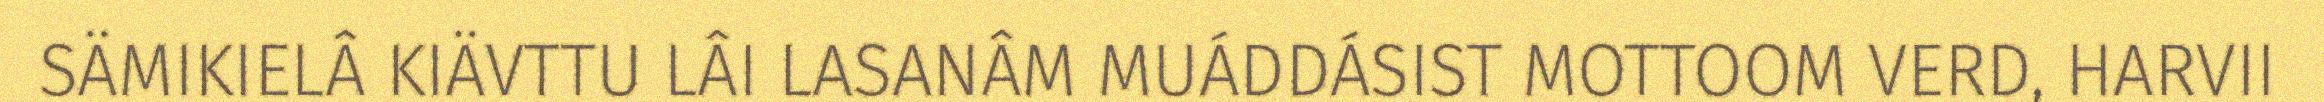
SÄMIKIELÂ KIÄVTTU LÂI LASANÂM MUÁDDÁSIST MOTTOOM VERD, HARVII